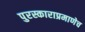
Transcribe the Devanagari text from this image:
पुरस्काराप्रमाणेच